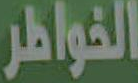
الخواطر